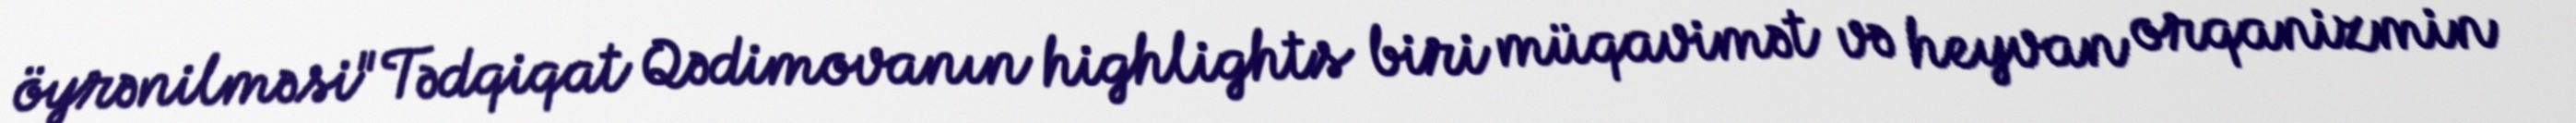
öyrənilməsi"Tədqiqat Qədimovanın highlights biri müqavimət və heyvan orqanizmin